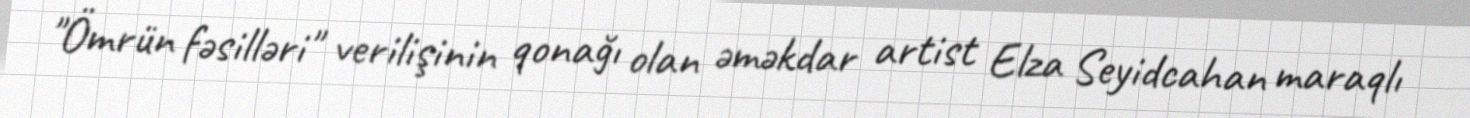
"Ömrün fəsilləri" verilişinin qonağı olan əməkdar artist Elza Seyidcahan maraqlı